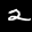
Label: 2